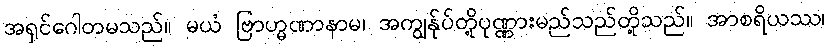
အရှင်ဂေါတမသည်။ မယံ ဗြာဟ္မဏာနာမ၊ အကျွန်ုပ်တို့ပုဏ္ဏားမည်သည်တို့သည်။ အာစရိယဿ၊